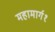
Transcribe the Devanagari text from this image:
महामार्ग१